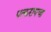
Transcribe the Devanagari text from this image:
पत्करायचा